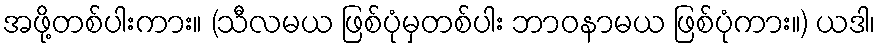
အဖို့တစ်ပါးကား။ (သီလမယ ဖြစ်ပုံမှတစ်ပါး ဘာဝနာမယ ဖြစ်ပုံကား။) ယဒါ၊